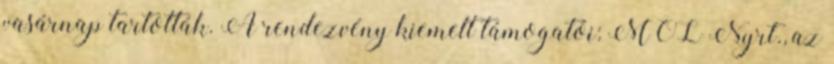
vasárnap tartották. A rendezvény kiemelt támogatói: MOL Nyrt., az